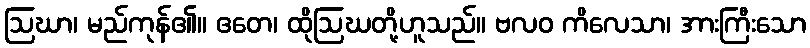
ဩဃာ၊ မည်ကုန်၏။ ဧတေ၊ ထိုဩဃတို့ဟူသည်။ ဗလဝ ကိလေသာ၊ အားကြီးသော